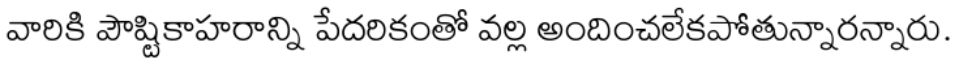
వారికి పౌష్టికాహరాన్ని పేదరికంతో వల్ల అందించలేకపోతున్నారన్నారు.